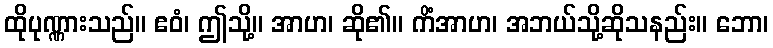
ထိုပုဏ္ဏားသည်။ ဧဝံ၊ ဤသို့။ အာဟ၊ ဆို၏။ ကိံအာဟ၊ အဘယ်သို့ဆိုသနည်း။ ဘော၊